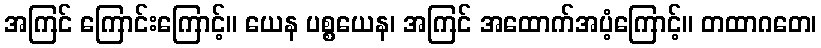
အကြင် ကြောင်းကြောင့်။ ယေန ပစ္စယေန၊ အကြင် အထောက်အပံ့ကြောင့်။ တထာဂတေ၊